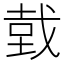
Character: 𢧑